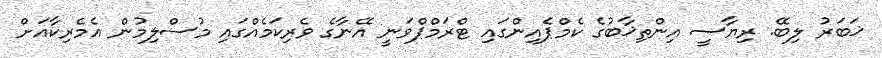
ޚަބަރު ލިބޭ. ރިޔާސީ އިންތިޚާބުގެ ކެމްޕެއިންގައި ޓްރަމްޕްވަނީ އޭނާގެ ވެރިކަމެއްގައި މުސްލިމުން އެމެރިކާއަށް